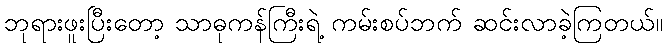
ဘုရားဖူးပြီးတော့ သာဓုကန်ကြီးရဲ့ ကမ်းစပ်ဘက် ဆင်းလာခဲ့ကြတယ်။